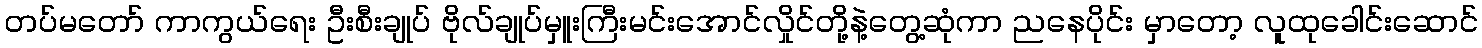
တပ်မတော် ကာကွယ်ရေး ဦးစီးချုပ် ဗိုလ်ချုပ်မှူးကြီးမင်းအောင်လှိုင်တို့နဲ့တွေ့ဆုံကာ ညနေပိုင်း မှာတော့ လူထုခေါင်းဆောင်